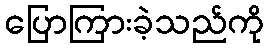
ပြောကြားခဲ့သည်ကို